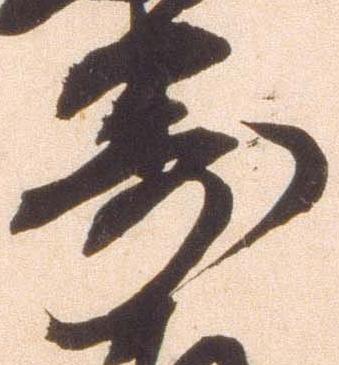
寄